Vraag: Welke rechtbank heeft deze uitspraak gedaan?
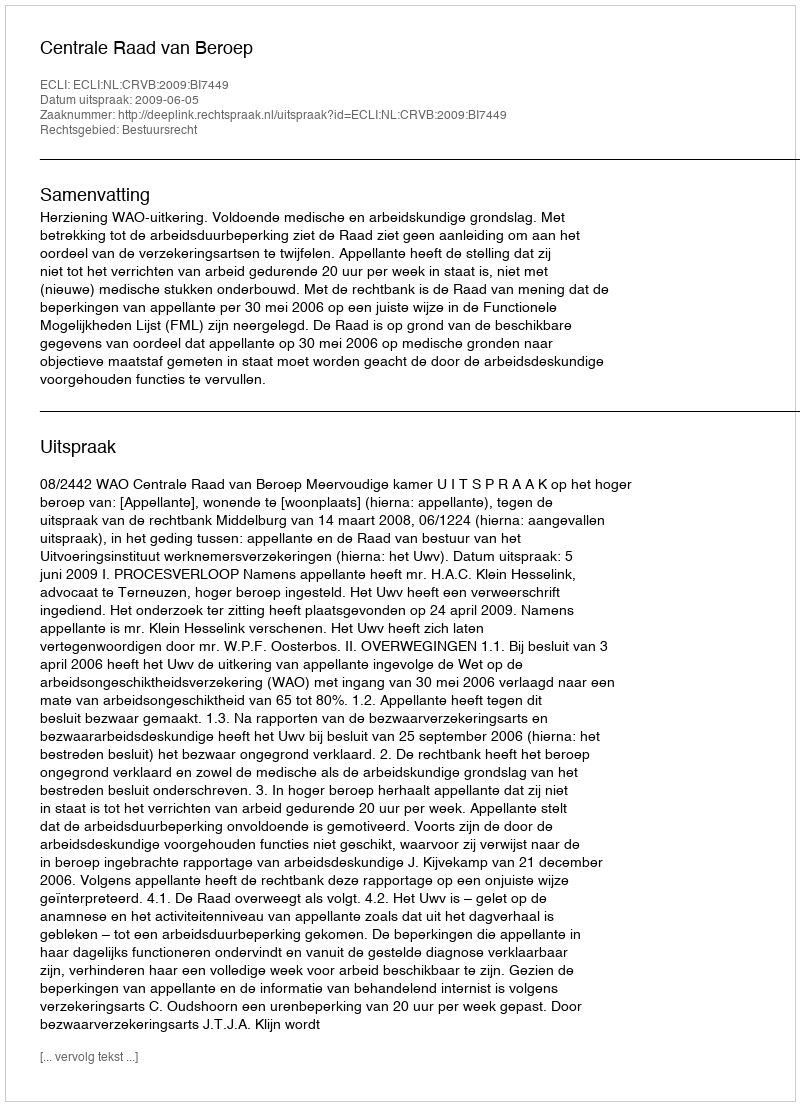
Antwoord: Centrale Raad van Beroep